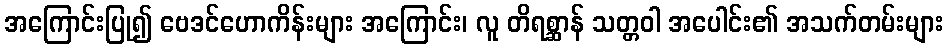
အကြောင်းပြု၍ ဗေဒင်ဟောကိန်းများ အကြောင်း၊ လူ တိရစ္ဆာန် သတ္တဝါ အပေါင်း၏ အသက်တမ်းများ